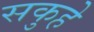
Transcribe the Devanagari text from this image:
सकुहे